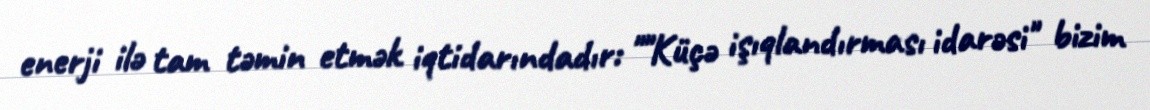
enerji ilə tam təmin etmək iqtidarındadır: ""Küçə işıqlandırması idarəsi" bizim